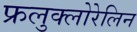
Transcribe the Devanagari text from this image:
फ्रलुक्लोरेलिन